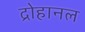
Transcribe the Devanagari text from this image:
द्रोहानल